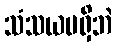
သံသယမရှိဘဲ